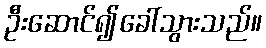
ဦးဆောင်၍ခေါ်သွားသည်။